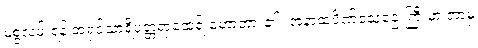
မစွဲလမ်းရန် အရှင်သာရိပုတ္တရာထေရ် ဟောတား၏။ အနာထပိဏ်သေဌေးကြီးမှာ ဘာမှ